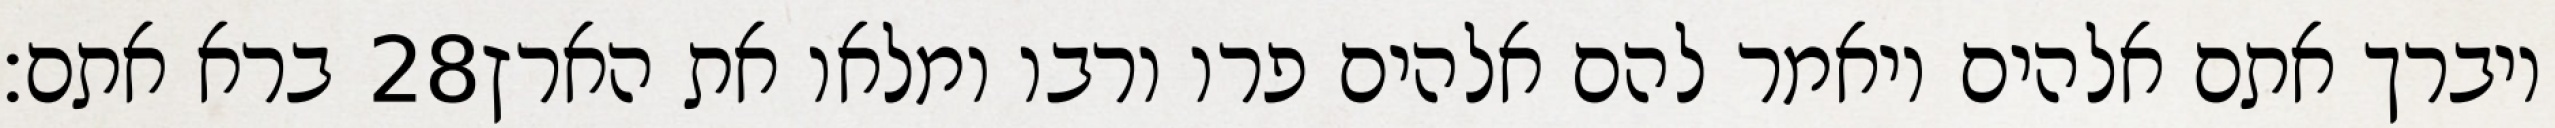
ברא אתם׃ ‎28‏ ויברך אתם אלהים ויאמר להם אלהים פרו ורבו ומלאו את הארץ